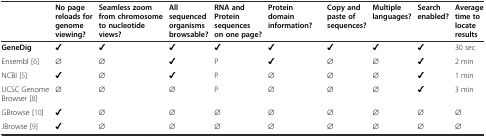
|  | No page reloads for genome viewing? | Seamless zoom from chromosome to nucleotide views? | All sequenced organisms browsable? | RNA and Protein sequences on one page? | Protein domain information? |  | Copy and paste of sequences? | Multiple languages? | Search enabled? | Average time to locate results |
 | --- | --- | --- | --- | --- | --- | --- | --- | --- | --- | --- |
 | GeneDig | ✔ | ✔ | ✔ | ✔ | ✔ |  | ✔ | ✔ | ✔ | 30 sec |
 | Ensembl [6] | ∅ | ∅ | ✔ | P | ✔ |  | ∅ | ∅ | ✔ | 2 min |
 | NCBI [5] | ✔ | ∅ | ✔ | P | ∅ |  | ∅ | ∅ | ✔ | 1 min |
 | UCSC Genome Browser [8] | ∅ | ∅ | ∅ | P | ∅ |  | ∅ | ∅ | ✔ | 3 min |
 | GBrowse [10] | ✔ | ∅ | ∅ | ∅ | ∅ |  | ∅ | ∅ | ∅ | ∅ |
 | JBrowse [9] | ✔ | ∅ | ∅ | ∅ | ∅ |  | ∅ | ∅ | ∅ | ∅ |